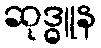
ဆုဒ္ဓူန